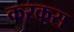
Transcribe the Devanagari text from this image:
करकस